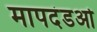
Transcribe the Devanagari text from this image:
मापदंडओ